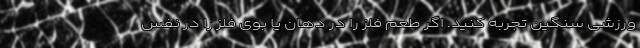
ورزشی سنگین تجربه کنید. اگر طعم فلز را در دهان یا بوی فلز را در نفس